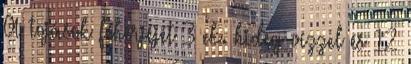
A tojások fehérjéjét 3 ek. hideg vízzel és 12